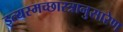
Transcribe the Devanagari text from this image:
इत्यस्मच्छास्त्रानुसारेण